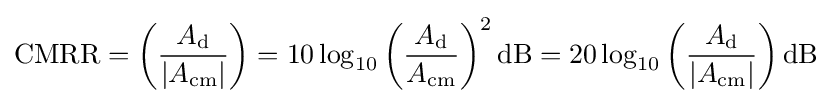
\mathrm {CMRR} =\left({\frac {A_{\mathrm {d} }}{|A_{\mathrm {cm} }|}}\right)=10\log _{10}\left({\frac {A_{\mathrm {d} }}{A_{\mathrm {cm} }}}\right)^{2}{\text{dB}}=20\log _{10}\left({\frac {A_{\mathrm {d} }}{|A_{\mathrm {cm} }|}}\right){\text{dB}}